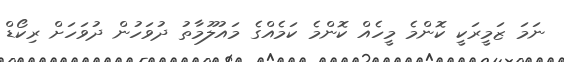
ނަމަ ޒަމީރަކީ ކޮންމެ މީހެއް ކޮންމެ ކަމެއްގެ މައުލޫމާތު ދުވަހުން ދުވަހަށް ރިކޯޑް